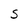
Character: S